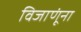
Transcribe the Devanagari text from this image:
विजाणूंना